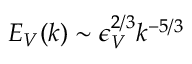
E _ { V } ( k ) \sim \epsilon _ { V } ^ { 2 / 3 } k ^ { - 5 / 3 }